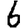
Digit: 6